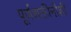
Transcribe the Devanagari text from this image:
पूर्णशक्तीनीशी